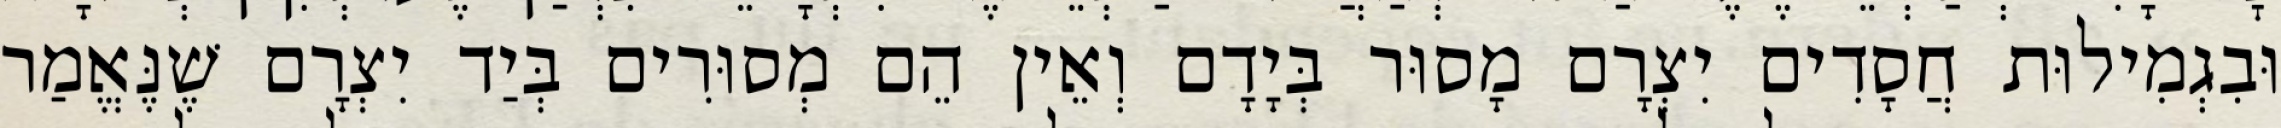
וּבִגְמִילוּת חֲסָדִים יִצְרָם מָסוּר בְּיָדָם וְאֵין הֵם מְסוּרִים בְּיַד יִצְרָם שֶׁנֶּאֱמַר